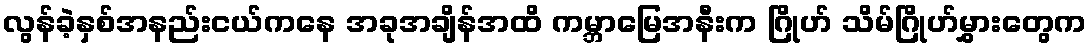
လွန်ခဲ့နှစ်အနည်းငယ်ကနေ အခုအချိန်အထိ ကမ္ဘာမြေအနီးက ဂြိုဟ် သိမ်ဂြိုဟ်မွှားတွေက